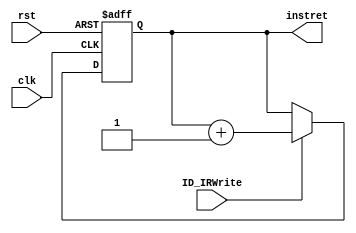
module InstructionRegister(clk,rst,ID_IRWrite,instret);
input clk,rst,ID_IRWrite;
output reg [63:0] instret;
wire [63:0] instret_next;
assign instret_next = instret+64'd1;
always @(posedge clk or posedge rst) begin
if (rst) begin
   instret <= 64'd0;
end
else if(ID_IRWrite) begin
   instret <= instret_next;
end
end
endmodule